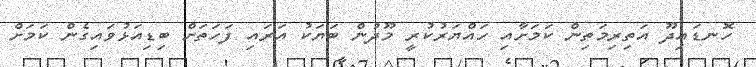
ހޮނޑައިދޫ އަތިރިމަތިން ކަމަށާއި ހައްޔަރުކުރީ މޫދުން ބަޔަކު އަރައި ފަހަތަށް ބިޑިއަޅުވައިގެން ކަމަށް